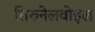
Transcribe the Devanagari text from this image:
तिरुनेलवोइल